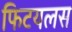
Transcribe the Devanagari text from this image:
फिटयलस